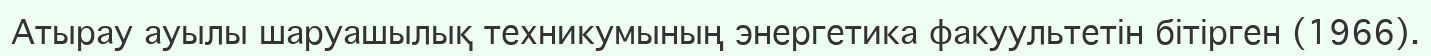
Атырау ауылы шаруашылық техникумының энергетика факуультетін бітірген (1966).